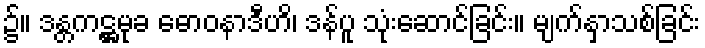
၌။ ဒန္တကဋ္ဌမုခ ဓောဝနာဒီဟိ၊ ဒန်ပူ သုံးဆောင်ခြင်း။ မျက်နှာသစ်ခြင်း